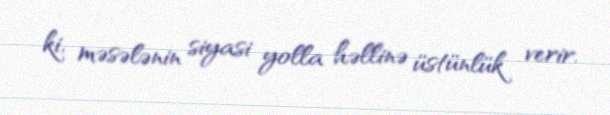
ki, məsələnin siyasi yolla həllinə üstünlük verir.